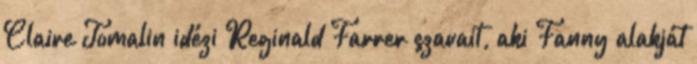
Claire Tomalin idézi Reginald Farrer szavait, aki Fanny alakját